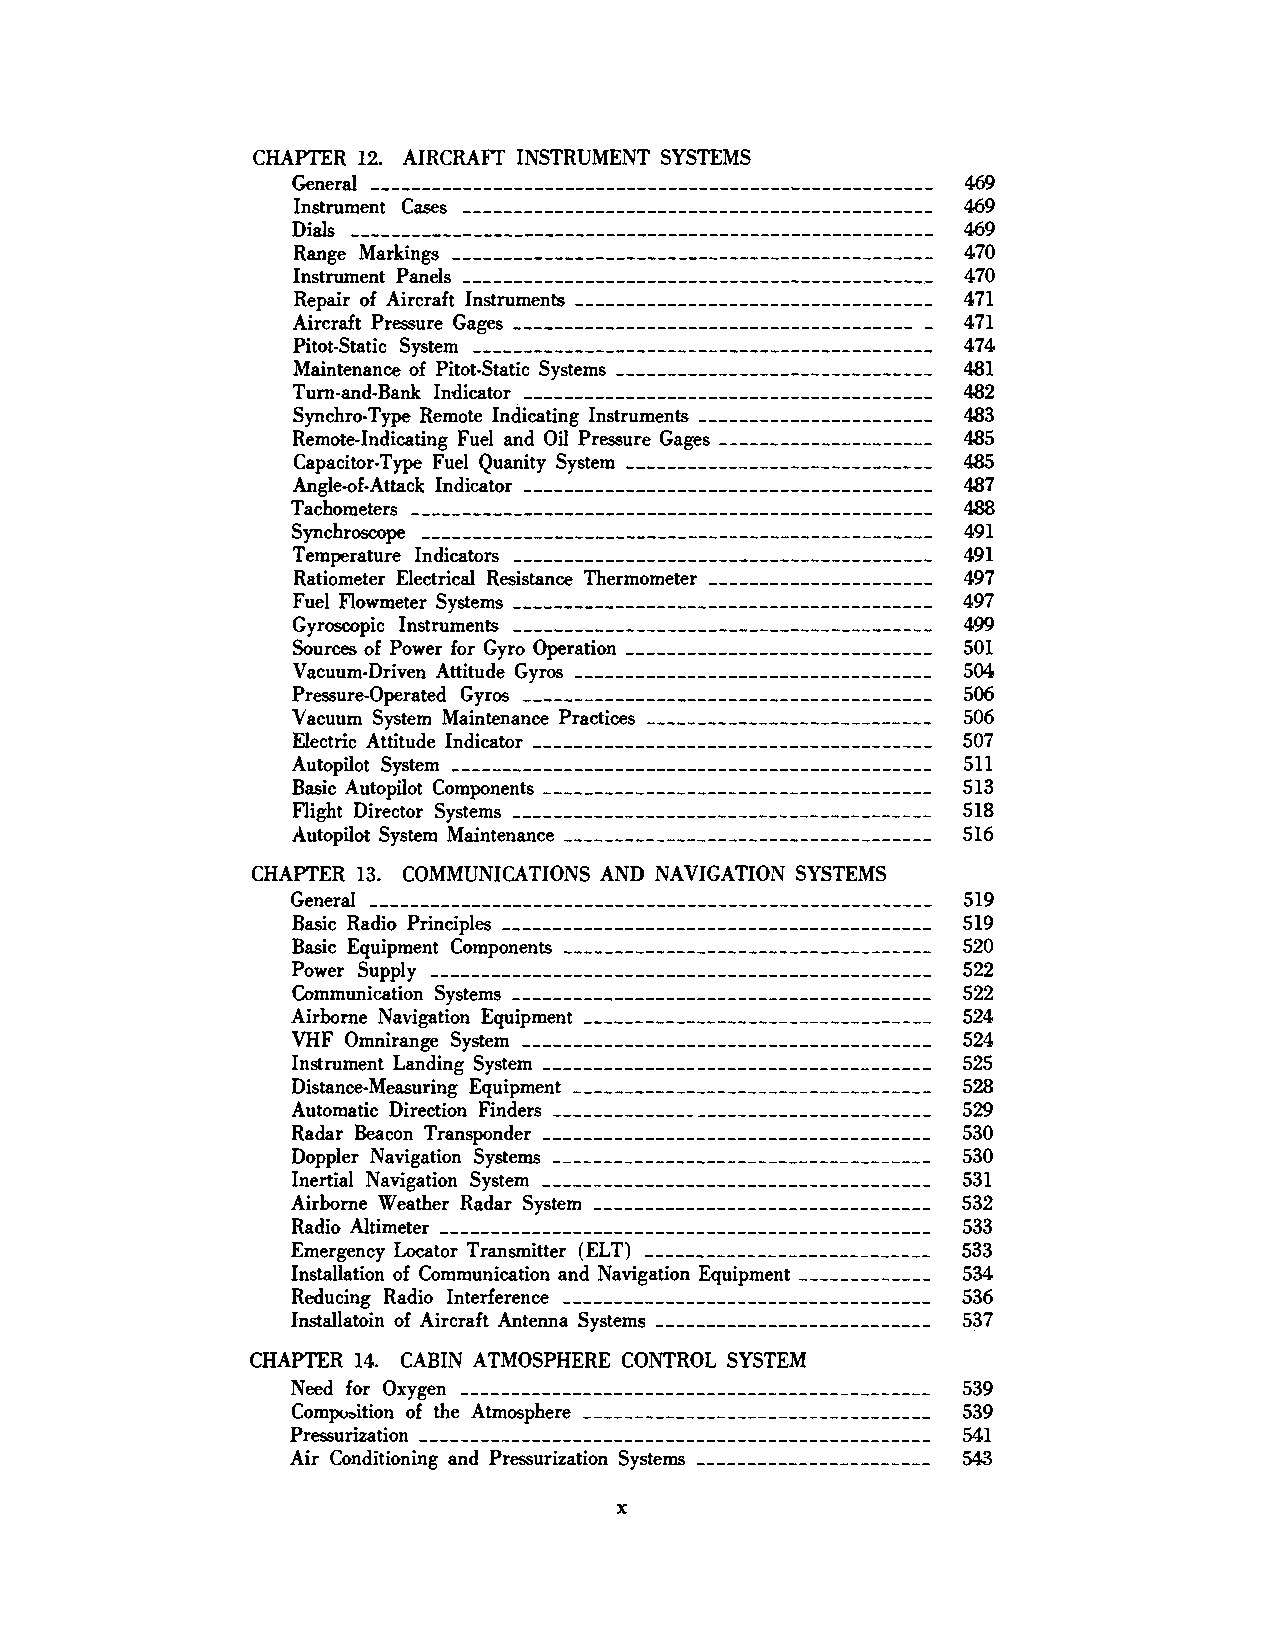
CHAPTER 12. AIRCRAFT INSTRUMENT SYSTEMS
 Gener& ----------------------------------------------~-------- 469
 ln~rument c~s ---------------------------------------------- 469
 Di&s --------------------------------------------------------- 469
 Range Markings ----------------------------------------------- 470
 Instrument Pands ---------------------------------------------- 470
 Repair of Aircrah ln~ruments ----------------------------------- 471
 Aircraft Pressure Gages --------------------------------------- _ 471
 Pitot-Static System --------------------------------------------- 474
 Maintenance of Pitot-Static Systems ------------------------------- 481
 Tum-and-Bank lndlcator ---------------------------------------- 482
 Synchro-Type Remote Indicating Instruments ----------------------- 483
 Remote-Indicating Fud and Oil Pressure Gages --------------------- 485
 Capacitor-Type Fuel Quanity System ------------------------------ 485
 Angle-of-Attack Indicator ---------------------------------------- 487
 Tachometers --------------------------------------------------- 488
 Synchroscope -------------------------------------------------- 491
 Temperature Indicators ----------------------------------------- 491
 Ratiometer Electric& Resistance Thermometer ---------------------- 497
 Fuel Flowmeter Systems ----------------------------------------- 497
 Gyroscopic Instruments ----------------------------------------- 499
 Sources of Power for Gyro Operation ------------------------------ 501
 Vacuum-Driven Attitude Gyros ----------------------------------- 504
 Pressure-Operated Gyros ---------------------------------------- 506
 Vacuum System Maintenance Practices ---------------------------- 506
 Electric Attitude Indicator --------------------------------------- 507
 Autopilot System ----------------------------------------------- 511
 Basic Autopilot Components -------------------------------------- 513
 Flight Director Systems ----------------------------------------- 518
 Autopilot System Maintenance ------------------------------------ 516
 CHAPTER 13. COMMUNICATIONS AND NAVIGATION SYSTEMS
 Gener& ------------------------------------------------------- 519
 Basic Radio Principles ------------------------------------------ 519
 Basic Equipment Components ------------------------------------ 520
 Power Supply ------------------------------------------------- 522
 Communication Systems ----------------------------------------- 522
 Airborne Navigation Equipment ---------------------------------- 524
 VHF Omnirange Sy~em ---------------------------------------- 524
 Instrument Landing System -------------------------------------- 525
 Distance-Measuring Equipment ----------------------------------- 528
 Automatic Direction Finders ------------------------------------- 529
 Radar Beacon Transponder -------------------------------------- 530
 Doppler Navigation Systems ------------------------------------- 530
 Inertial Navigation System -------------------------------------- 531
 Airborne Weather Radar System --------------------------------- 532
 Radio Altimeter ------------------------------------------------ 533
 Emergency Locator Transmitter (ELT) ---------------------------- 533
 Installation of Communication and Navigation Equipment ------------- 534
 Reducing Radio Interference ------------------------------------ 536
 ln~&latoin of Aircraft Antenna Systems --------------------------- 537
 CHAPTER 14. CABIN ATMOSPHERE CONTROL SYSTEM
 Need for Oxygen ---------------------------------------------- 539
 Com~tion of the Atmosphere ---------------------------------- 539
 Pressur~ation -------------------------------------------------- 541
 Air Conditioning and Pressurization Systems ----------------------- 543
 X